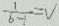
\frac { 1 } { b - 1 } = V